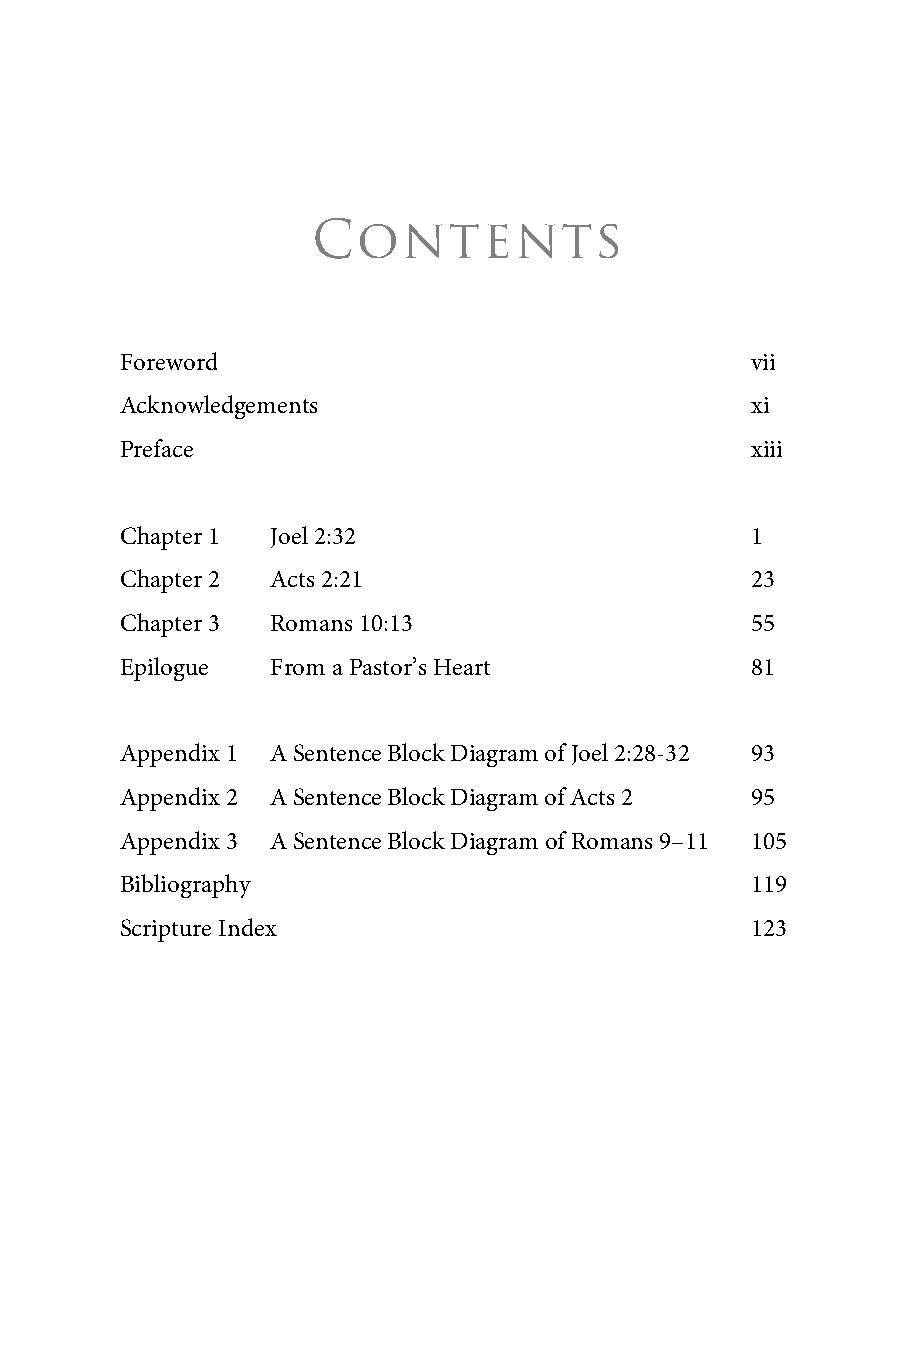
Contents
 Foreword                                  vii
 Acknowledgements                          xi
 Preface                                   xiii
 Chapter 1 Joel 2:32                       1
 Chapter 2 Acts 2:21                       23
 Chapter 3 Romans 10:13                    55
 Epilogue  From a Pastor’s Heart           81
 Appendix 1 A Sentence Block Diagram of Joel 2:28-32 93
 Appendix 2 A Sentence Block Diagram of Acts 2 95
 Appendix 3 A Sentence Block Diagram of Romans 9–11 105
 Bibliography                              119
 Scripture Index                           123